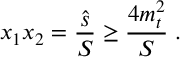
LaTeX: x _ { 1 } x _ { 2 } = \frac { \hat { s } } { S } \ge \frac { 4 m _ { t } ^ { 2 } } { S } \; .